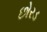
છોરડ